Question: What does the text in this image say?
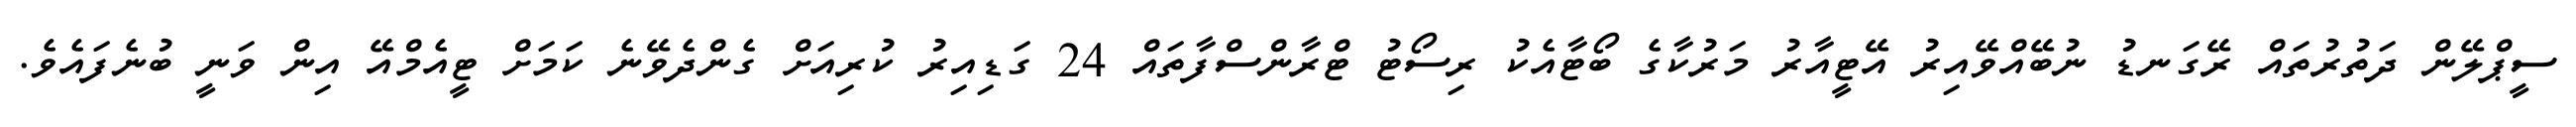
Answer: ސީޕްލޭން ދަތުރުތައް ރޭގަނޑު ނުބޭއްވޭއިރު އޭޓީއާރު މަރުކާގެ ބޯޓާއެކު ރިސޯޓު ޓްރާންސްފާތައް 24 ގަޑިއިރު ކުރިއަށް ގެންދެވޭނެ ކަމަށް ޓީއެމްއޭ އިން ވަނީ ބުނެފައެވެ.